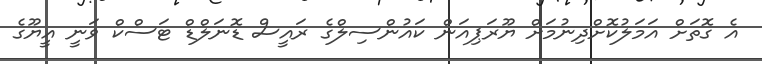
އެ ގޮތަށް އަމަލުކޮށްދިނުމަށް ޔޫރަޕިއަން ކައުންސިލްގެ ރައީސް ޑޮނަލްޑް ޓަސްކް ވަނީ އީޔޫގެ